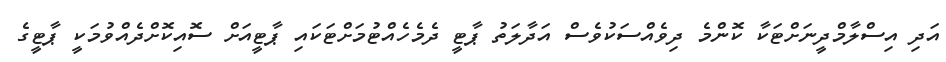
އަދި އިސްލާމްދީނަށްޓަކާ ކޮންމެ ދިވެއްސަކުވެސް އަދާލަތު ޕާޓީ ދެމެހެއްޓުމަށްޓަކައި ޕާޓީއަށް ސޮއިކޮށްދެއްވުމަކީ ޕާޓީގެ